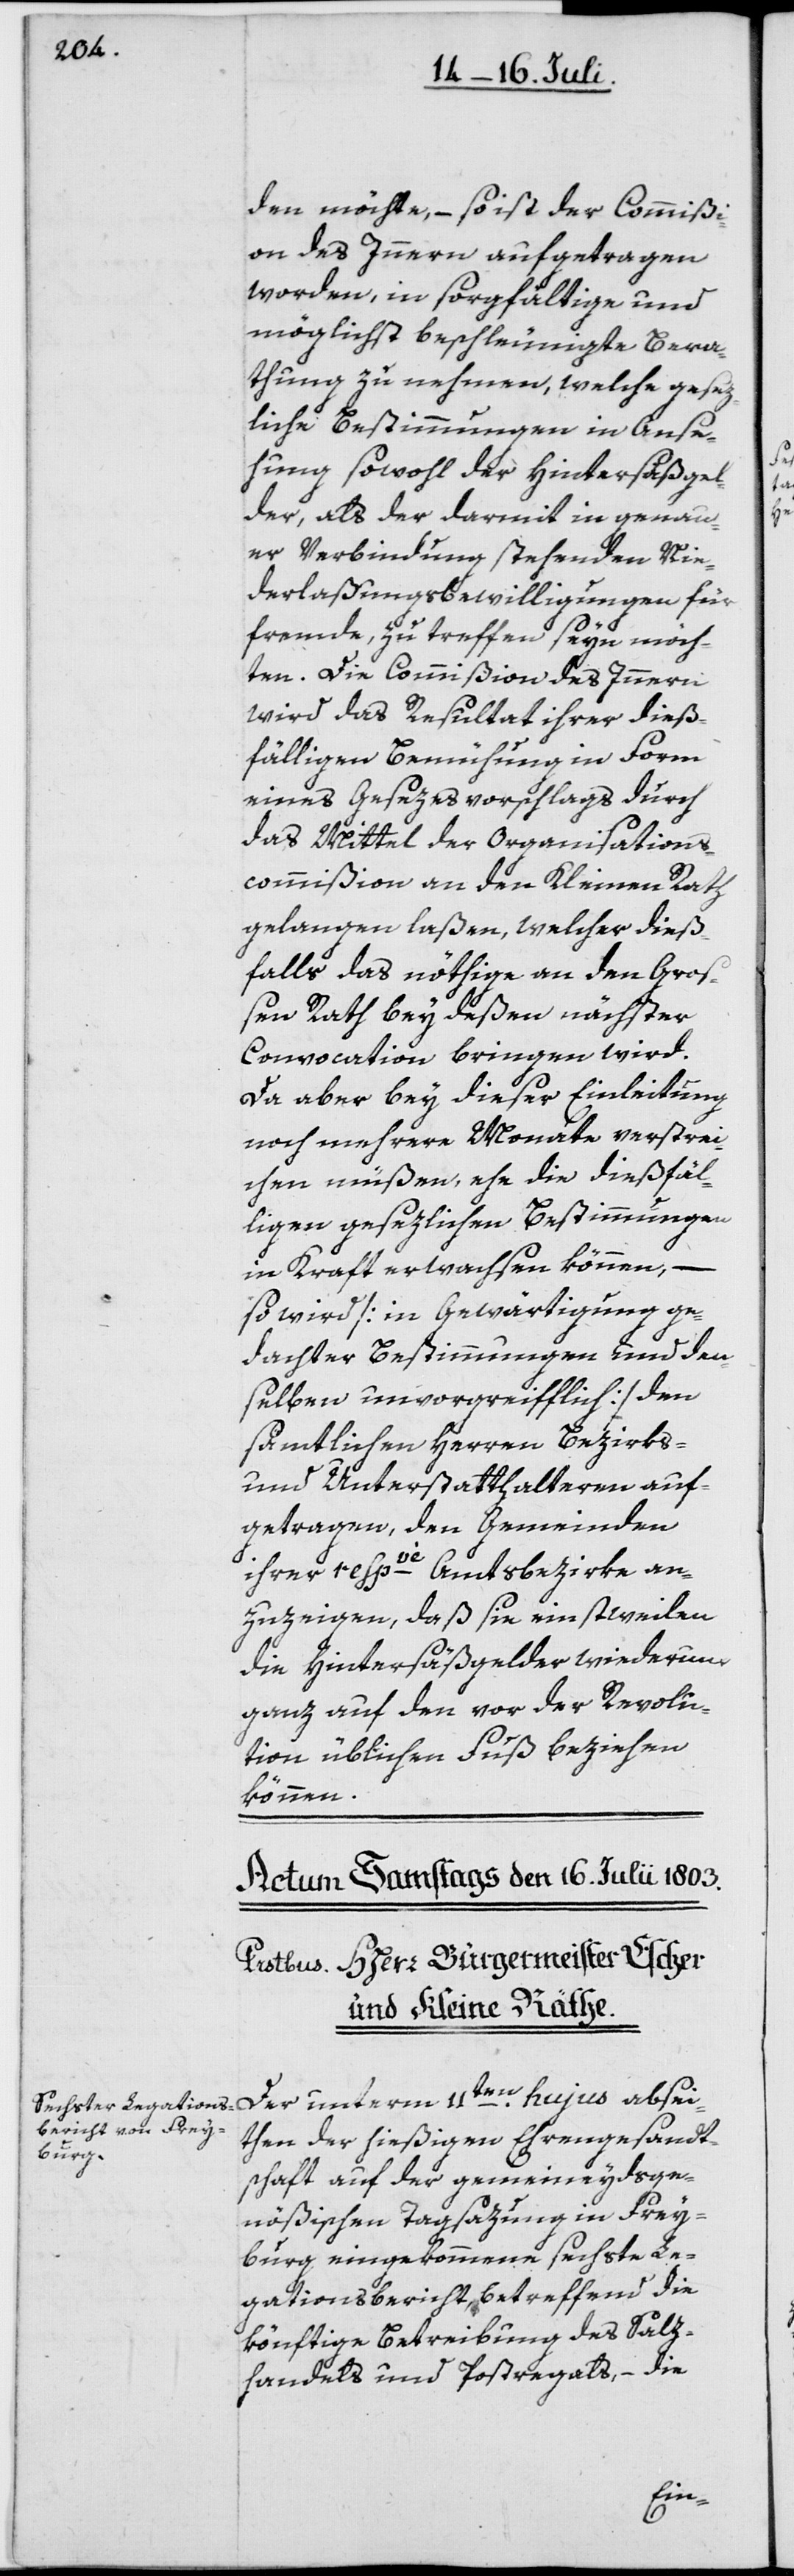
den möchte, – so ist der Commißi¬
on des Innern aufgetragen
worden, in sorgfältige und
möglichst beschleunigte Bera¬
thung zu nehmen, welche gesez¬
liche Bestimmungen in Anse¬
hung sowohl der Hintersäßgel¬
der, als der darmit in genau¬
er Verbindung stehenden Nie¬
derlaßungsbewilligungen für
fremde, zu treffen seyn möch¬
ten. Die Commißion des Innern
wird das Resultat ihrer dieß¬
fälligen Bemühung in Form
eines Gesezesvorschlags durch
das Mittel der Organisations¬
commißion an den Kleinen Rath
gelangen laßen, welcher dieß¬
falls das nöthige an den Groß¬
en Rath bey deßen nächster
Convocation bringen wird.
Da aber bey dieser Einleitung
noch mehrere Monate verstrei¬
chen müßen, ehe die dießfäl¬
ligen gesezlichen Bestimmungen
in Kraft erwachsen können, –
so wird [in Gewärtigung ge¬
dachter Bestimmungen und den¬
selben unvorgreifflich] den
sämtlichen Herren Bezirks-
und Unterstatthalteren auf¬
getragen, den Gemeinden
ihrer respve Amtsbezirke an¬
zuzeigen, daß sie einstweilen
die Hintersäßgelder wiederum
ganz auf den vor der Revolu¬
tion üblichen Fuß beziehen
können.
Der unterm 11ten hujus absei¬
ten der hießigen Ehrengesandt¬
schaft auf der gemeineydsge¬
nößischen Tagsazung in Frey¬
burg eingekommene sechste Le¬
gationsbericht, betreffend die
könftige Betreibung des Salz¬
handels und Postregals, – die